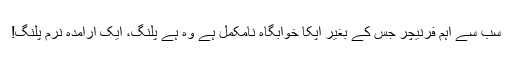
سب سے اہم فرنیچر جس کے بغیر آپکا خوابگاہ نامکمل ہے وہ ہے پلنگ، ایک آرامدہ نرم پلنگ!